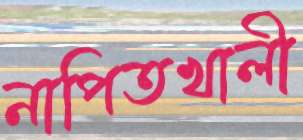
নাপিতখালী